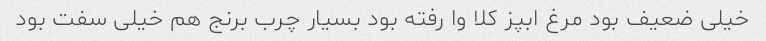
خیلی ضعیف بود مرغ ابپز کلا وا رفته بود بسیار چرب برنج هم خیلی سفت بود